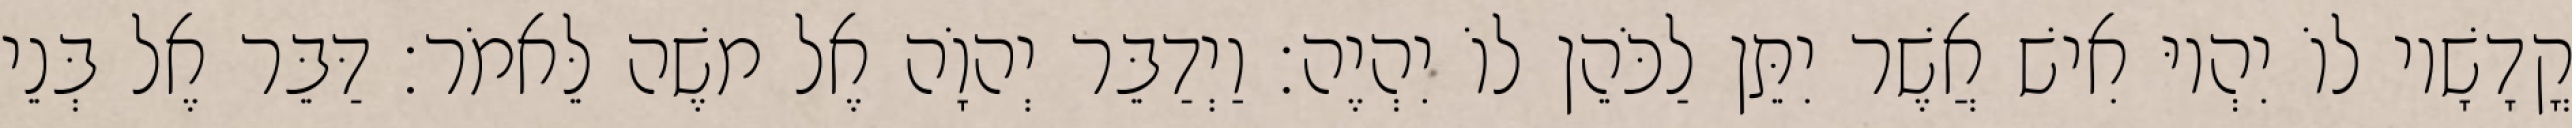
קֳדָשָׁיו לוֹ יִהְיוּ אִישׁ אֲשֶׁר יִתֵּן לַכֹּהֵן לוֹ יִהְיֶה׃ וַיְדַבֵּר יְהוָֹה אֶל משֶׁה לֵּאמֹר׃ דַּבֵּר אֶל בְּנֵי